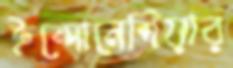
ইন্দোনেশিয়ার